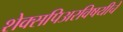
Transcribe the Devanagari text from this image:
शेक्सपिअरविषयीचे